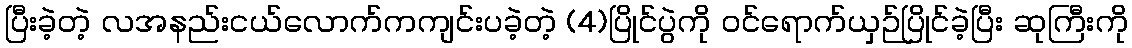
ပြီးခဲ့တဲ့ လအနည်းငယ်လောက်ကကျင်းပခဲ့တဲ့ (4)ပြိုင်ပွဲကို ဝင်ရောက်ယှဉ်ပြိုင်ခဲ့ပြီး ဆုကြီးကို